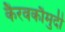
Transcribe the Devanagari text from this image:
कैरवकौमुदी